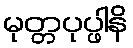
မုတ္တပုပ္ဖါနိ